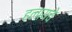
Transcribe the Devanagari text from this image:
हलायचे